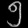
Digit: ၅